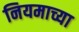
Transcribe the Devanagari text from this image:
नियमाच्या